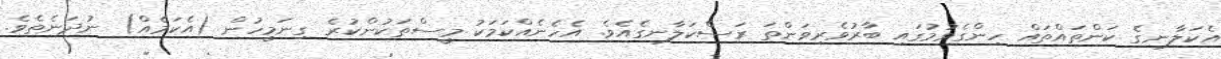
އެކަލާނގެ ކަންތައްތައް ހިންގެވުމުގައި ބާރުވެރިވަންތަ ރަސްކަލާނގެއެވެ. އެހެނެއްކަމަކު މީސްތަކުންކުރެ ގިނަމީހުން (އެކަމެއް) ނުދަނެތެވެ.